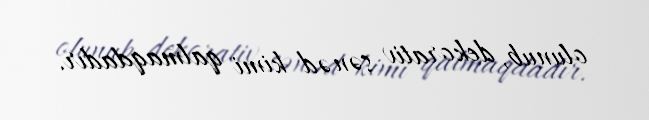
olunub, dekorativ sənəd kimi qalmaqdadır.